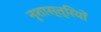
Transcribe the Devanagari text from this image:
नृशास्त्रियों